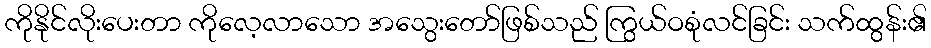
ကိုနိုင်လိုးပေးတာ ကိုလေ့လာသော အသွေးတော်ဖြစ်သည် ကြွယ်ဝစုံလင်ခြင်း သက်ထွန်း၏